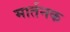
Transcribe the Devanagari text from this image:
मार्तनक